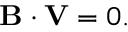
\begin{array} { r } { { \mathbf B } \cdot { \mathbf V } = 0 . } \end{array}